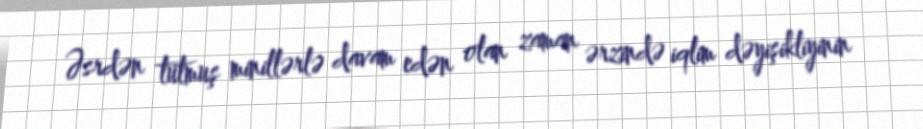
Əsrdən tutmuş minillərlə davam edən olan zaman ərzində iqlim dəyişikliyinin